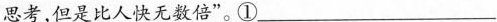
思考，但是比人快无数倍”。①___